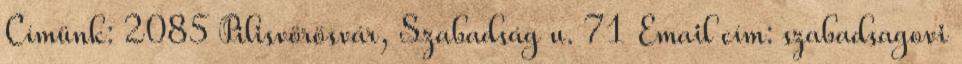
Címünk: 2085 Pilisvörösvár, Szabadság u. 71 Email cím: szabadsagovi